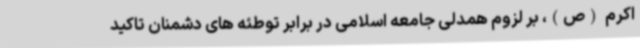
اکرم (ص)، بر لزوم همدلی جامعه اسلامی در برابر توطئه های دشمنان تاکید